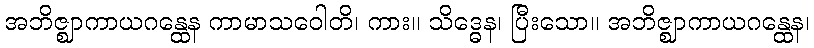
အဘိဇ္ဈာကာယဂန္ထေန ကာမာသဝေါတိ၊ ကား။ သိဒ္ဓေန၊ ပြီးသော။ အဘိဇ္ဈာကာယဂန္ထေန၊